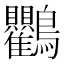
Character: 𮭠